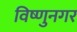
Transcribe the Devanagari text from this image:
विष्णुनगर